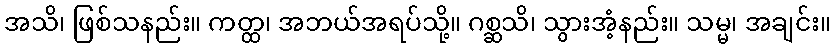
အသိ၊ ဖြစ်သနည်း။ ကတ္ထ၊ အဘယ်အရပ်သို့။ ဂစ္ဆသိ၊ သွားအံ့နည်း။ သမ္မ၊ အချင်း။